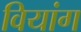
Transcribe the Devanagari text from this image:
वियांग